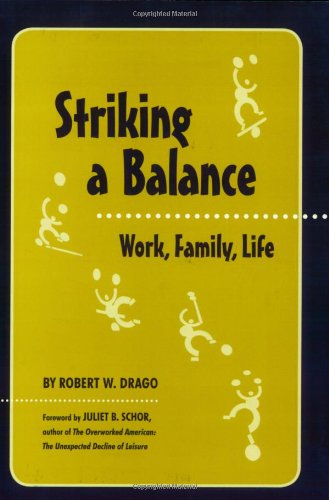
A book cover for Striking a Balance: Work, Family, Life; Robert W. Drago; Business & Money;